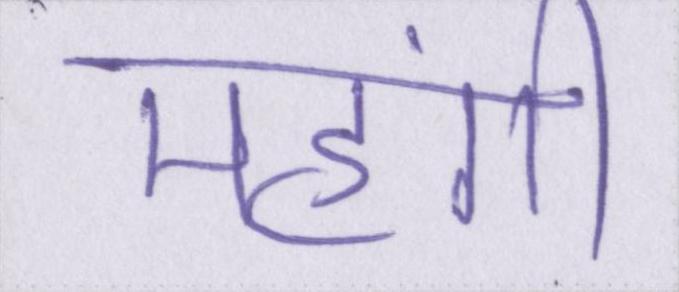
महंगी